Reports on dispensaries and lunatic asylums in the Province of Oudh - 1869-1876
Year: 1869
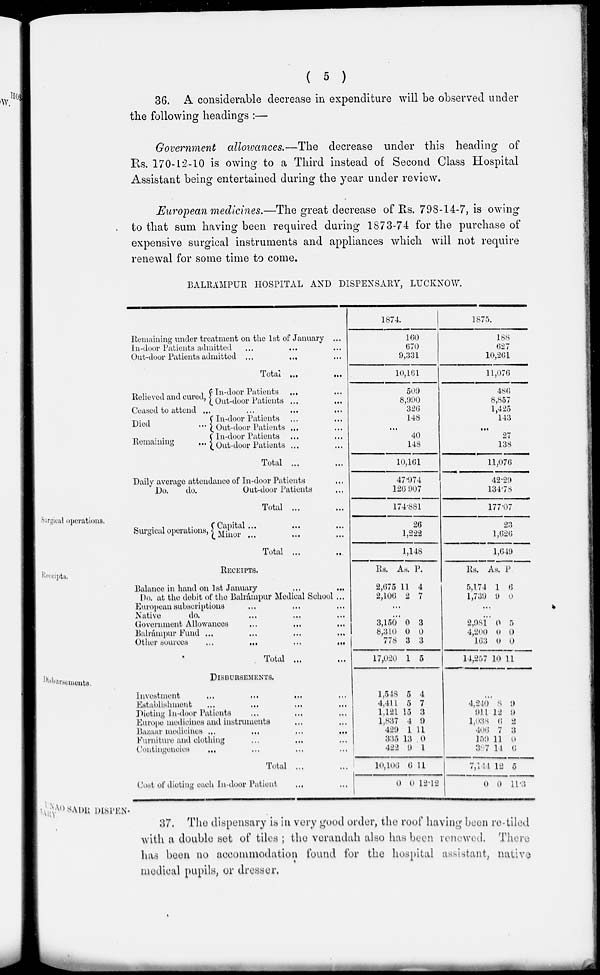
( 5 )
36. A considerable decrease in expenditure will be observed under
the following headings :—
Government allowances.—The decrease under this heading of
Rs. 170-12-10 is owing to a Third instead of Second Class Hospital
Assistant being entertained during the year under review.
European medicines.—The great decrease of Rs. 798-14-7, is owing
to that sum having been required during 1873-74 for the purchase of
expensive surgical instruments and appliances which will not require
renewal for some time to come.
BALRÁMPUR HOSPITAL AND DISPENSARY, LUCKNOW.
Remaining under treatment on the 1st of January ...
In-door Patients admitted … … …
Out-door Patients admitted … … …
Total
…
…
Relieved and cured, In-door Patients
...
...
Out-door Patients
...
...
Ceased to attend
...
...
...
...
Died ...
Remaining
...
In-door Patients ... ...
Out-door Patients ... ...
In-door Patients ... ...
Out-door Patients ... ...
Total ... ...
Daily average attendance of In-door Patients ...
Do.
do.
Out-door Patients ...
Total ...
1874.
160
670
9,331
10,161
509
8,990
326
148
...
40
148
10,161
47.974
126.907
174.881
1875.
188
627
10,261
11,076
486
8,857
1,425
143
...
27
138
11,076
42.29
134.78
177.07
Surgical operations.
Surgical operations,
Capital ... ... ...
Minor ... .. ..
Total ...
26
1,222
1,148
23
1,626
1,649
Receipts.
RECEIPTS.
Balance in hand on 1st January
…
…
Do. at the debit of the Balrámpur Medical School ...
European subscriptions .. .... ...
Native
do. ... ... ...
Government Allowances ... ... ...
Balrámpur Fund ... ... ... ...
Other sources
…
…
…
…
Total ...
Rs.
2,675
2,106
As.
11
2
P.
4
7
...
...
3,150
8,310
778
17,020
0
0
3
1
3
0
3
5
Rs.
5,174
1,739
As.
1
9
P
6
0
...
...
2,981
4,200
163
14,257
0
0
0
10
5
0
0
11
Disbursements.
DISBURSEMENTS.
Investment
…
…
…
…
Establishment ... ... ... ...
Dieting In-door Patients ... ... ...
Europe medicines and instruments ... ...
Bazaar medicines
…
…
…
…
Furniture and clothing ... ... ...
Contingencies … … … …
Total …
Cost of dieting each In-door Patient … …
1,548
4,411
1,121
1,837
429
335
422
10,106
0
5
5
15
4
1
13
9
6
0
4
7
3
9
11
0
1
11
12.12
...
4,240
911
1,038
406
159
387
7,l44
0
8
12
6
7
11
14
12
0
9
9
2
3
0
6
5
11.3
UNAO SADR DISPENSARY
37. The dispensary is in very good order, the roof having been re-tiled
with a double set of tiles; the verandah also has been renewed. There
has been no accommodation found for the hospital assistant, native
medical pupils, or dresser.